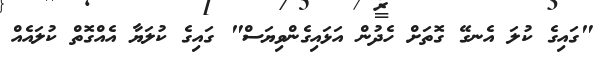
"ގައިގެ ކުލަ އެނގޭ ގޮތަށް ހެދުން އަޅައިގެންވިޔަސް" ގައިގެ ކުލަޔާ އެއްގޮތް ކުލައެއް